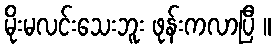
မိုးမလင်းသေးဘူး ဖုန်းကလာပြီ ။